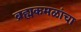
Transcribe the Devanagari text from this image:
ब्रह्मकमळांचा